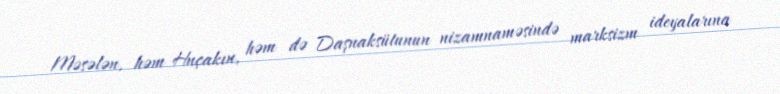
Məsələn, həm Hnçakın, həm də Daşnaksütunun nizamnaməsində marksizm ideyalarına